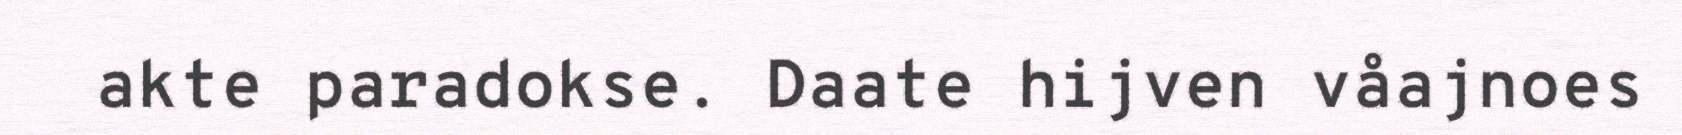
akte paradokse. Daate hijven våajnoes